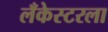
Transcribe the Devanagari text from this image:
लँकेस्टरला